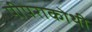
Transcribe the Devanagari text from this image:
पीपराकोथी